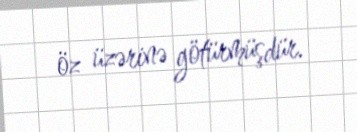
öz üzərinə götürmüşdür.